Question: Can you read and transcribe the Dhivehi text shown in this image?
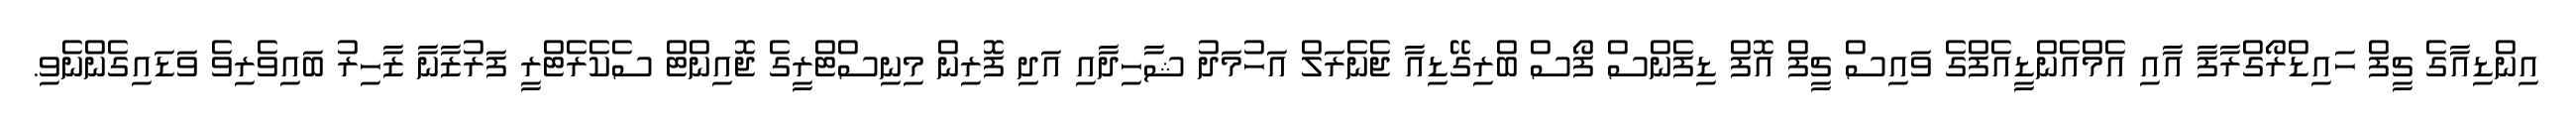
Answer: އިންޑިއާގެ ޗީފް ހައިޑްރޯގްރާފާ އާއި އެމްއެންޑީއެފްގެ ވައިސް ޗީފް އޮފް ޑިފެންސް ފޯސް ބްރިގޭޑިއާ ޖެނެރަލް އަހުމަދު ޝާހިދާއި އަދި ފޮރިން މިނިސްޓްރީގެ ޖޮއިންޓް ސެކެރެޓްރީ ފަރުޒާނާ ޒާހިރު ބައިވެރިވެ ވަޑައިގެންނެވި.